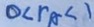
0 < r _ { A } < 1